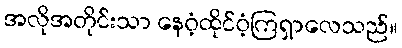
အလိုအတိုင်းသာ နေဝံ့ထိုင်ဝံ့ကြရှာလေသည်။